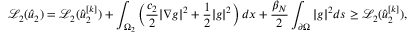
\mathcal { L } _ { 2 } ( \hat { u } _ { 2 } ) = \mathcal { L } _ { 2 } ( \hat { u } _ { 2 } ^ { [ k ] } ) + \int _ { \Omega _ { 2 } } \left( \frac { c _ { 2 } } { 2 } | \nabla g | ^ { 2 } + \frac 1 2 | g | ^ { 2 } \right) d x + \frac { \beta _ { N } } { 2 } \int _ { \partial \Omega } | g | ^ { 2 } d s \geq \mathcal { L } _ { 2 } ( \hat { u } _ { 2 } ^ { [ k ] } ) ,